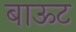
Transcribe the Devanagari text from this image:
बाऊट